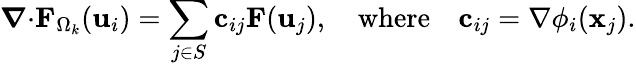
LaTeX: \boldsymbol{\nabla}{\cdot}{\mathbf{F}}_{\Omega_{k}}(\mathbf{u}_{i})=\sum_{j\in S}\mathbf{c}_{ij}\mathbf{F}(\mathbf{u}_{j}),\quad\mathrm{where}\quad\mathbf{c}_{ij}=\nabla\phi_{i}(\mathbf{x}_{j}).